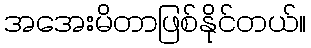
အအေးမိတာဖြစ်နိုင်တယ်။